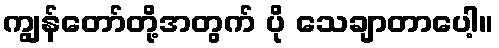
ကျွန်တော်တို့အတွက် ပို သေချာတာပေါ့။